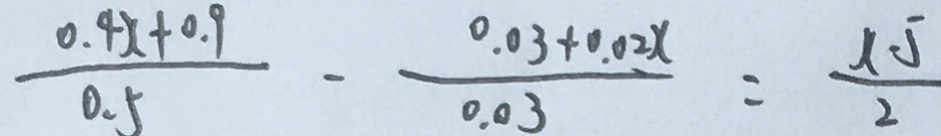
\frac { 0 . 4 x + 0 . 9 } { 0 . 5 } - \frac { 0 . 0 3 + 0 . 0 2 x } { 0 . 0 3 } = \frac { x - 5 } { 2 }